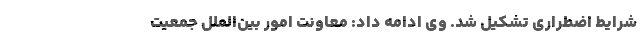
شرایط اضطراری تشکیل شد. وی ادامه داد: معاونت امور بین‌الملل جمعیت